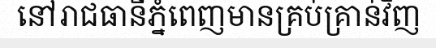
នៅរាជធានីភ្នំពេញមានគ្រប់គ្រាន់វិញ